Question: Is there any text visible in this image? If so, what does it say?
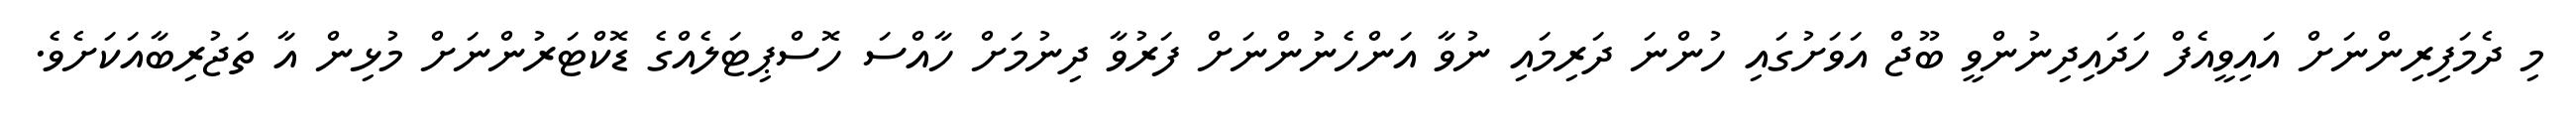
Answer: މި ދެމަފިރިންނަށް އައިވީއެފް ހަދައިދިނުންވީ ބޫޖް އަވަށުގައި ހުންނަ ދަރިމައި ނުވާ އަންހެނުންނަށް ފަރުވާ ދިނުމަށް ހާއްސަ ހޮސްޕިޓަލެއްގެ ޑޮކްޓަރުންނަށް މުޅިން އާ ތަޖުރިބާއަކަށެވެ.